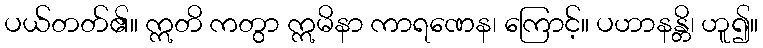
ပယ်တတ်၏။ ဣတိ ကတွာ ဣမိနာ ကာရဏေန၊ ကြောင့်။ ပဟာနန္တိ၊ ဟူ၍။